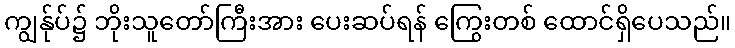
ကျွန်ုပ်၌ ဘိုးသူတော်ကြီးအား ပေးဆပ်ရန် ကြွေးတစ် ထောင်ရှိပေသည်။